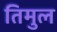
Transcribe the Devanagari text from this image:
तिमुल